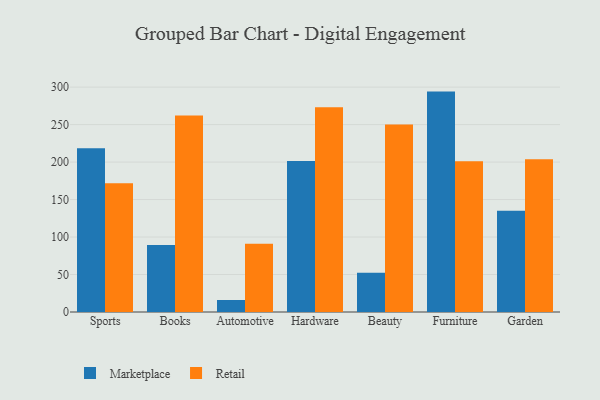
{"axis": {"x": "Category", "y": "Active Users"}, "legend": ["Marketplace", "Retail"], "data": [{"x": "Sports", "y": 218.5, "type": "Marketplace"}, {"x": "Sports", "y": 171.7, "type": "Retail"}, {"x": "Books", "y": 89.4, "type": "Marketplace"}, {"x": "Books", "y": 262.2, "type": "Retail"}, {"x": "Automotive", "y": 16.0, "type": "Marketplace"}, {"x": "Automotive", "y": 91.1, "type": "Retail"}, {"x": "Hardware", "y": 201.4, "type": "Marketplace"}, {"x": "Hardware", "y": 273.1, "type": "Retail"}, {"x": "Beauty", "y": 52.5, "type": "Marketplace"}, {"x": "Beauty", "y": 250.0, "type": "Retail"}, {"x": "Furniture", "y": 294.0, "type": "Marketplace"}, {"x": "Furniture", "y": 201.1, "type": "Retail"}, {"x": "Garden", "y": 135.2, "type": "Marketplace"}, {"x": "Garden", "y": 203.9, "type": "Retail"}]}